Statistical return of the lunatic asylum in Assam - 1912-1932
Year: 1912
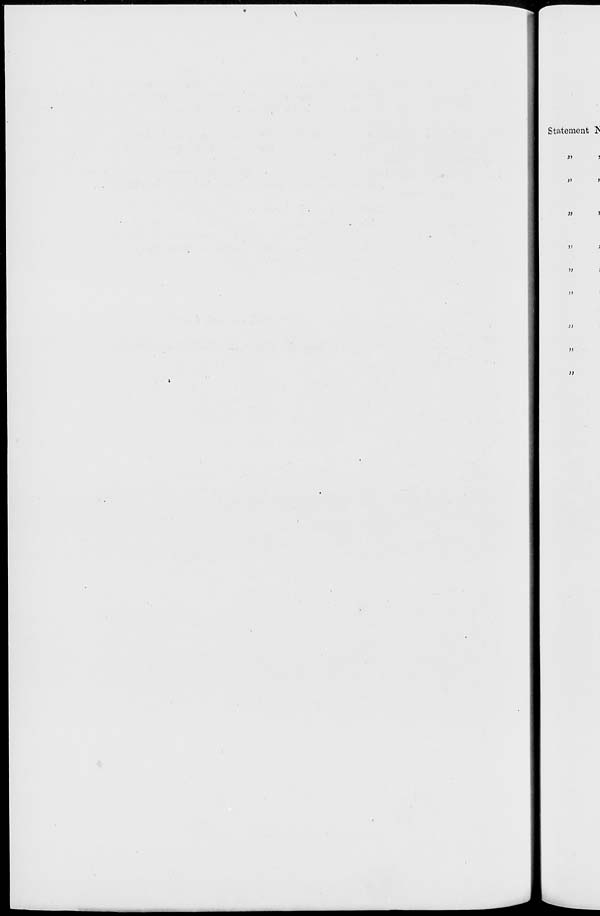
Statement E
J>
J>
)i
»
))
>)
)}